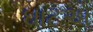
ઘાટએ